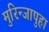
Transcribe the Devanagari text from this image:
मुरिन्जापुहा